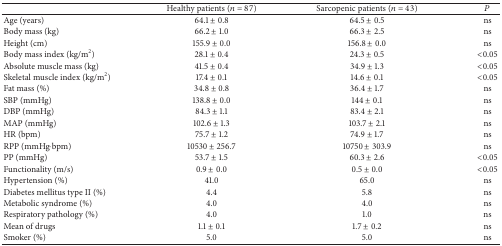
<table><thead><tr><td><b> </b></td><td><b>Healthy patients (<i>n</i> = 87)</b></td><td><b>Sarcopenic patients (<i>n</i> = 43)</b></td><td><b><i>P</i></b></td></tr></thead><tbody><tr><td>Age (years)</td><td>64.1 ± 0.8</td><td>64.5 ± 0.5</td><td>ns</td></tr><tr><td>Body mass (kg)</td><td>66.2 ± 1.0</td><td>66.3 ± 2.5</td><td>ns</td></tr><tr><td>Height (cm)</td><td>155.9 ± 0.0</td><td>156.8 ± 0.0</td><td>ns</td></tr><tr><td>Body mass index (kg/m<sup>2</sup>)</td><td>28.1 ± 0.4</td><td>24.3 ± 0.5</td><td>&lt;0.05</td></tr><tr><td>Absolute muscle mass (kg)</td><td>41.5 ± 0.4</td><td>34.9 ± 1.3</td><td>&lt;0.05</td></tr><tr><td>Skeletal muscle index (kg/m<sup>2</sup>)</td><td>17.4 ± 0.1</td><td>14.6 ± 0.1</td><td>&lt;0.05</td></tr><tr><td>Fat mass (%)</td><td>34.8 ± 0.8</td><td>36.4 ± 1.7</td><td>ns</td></tr><tr><td>SBP (mmHg)</td><td>138.8 ± 0.0</td><td>144 ± 0.1</td><td>ns</td></tr><tr><td>DBP (mmHg)</td><td>84.3 ± 1.1</td><td>83.4 ± 2.1</td><td>ns</td></tr><tr><td>MAP (mmHg)</td><td>102.6 ± 1.3</td><td>103.7 ± 2.1</td><td>ns</td></tr><tr><td>HR (bpm)</td><td>75.7 ± 1.2</td><td>74.9 ± 1.7</td><td>ns</td></tr><tr><td>RPP (mmHg·bpm)</td><td>10530 ± 256.7</td><td>10750 ± 303.9</td><td>ns</td></tr><tr><td>PP (mmHg)</td><td>53.7 ± 1.5</td><td>60.3 ± 2.6</td><td>&lt;0.05</td></tr><tr><td>Functionality (m/s)</td><td>0.9 ± 0.0</td><td>0.5 ± 0.0</td><td>&lt;0.05</td></tr><tr><td>Hypertension (%)</td><td>41.0</td><td>65.0</td><td>ns</td></tr><tr><td>Diabetes mellitus type II (%)</td><td>4.4</td><td>5.8</td><td>ns</td></tr><tr><td>Metabolic syndrome (%)</td><td>4.0</td><td>4.0</td><td>ns</td></tr><tr><td>Respiratory pathology (%)</td><td>4.0</td><td>1.0</td><td>ns</td></tr><tr><td>Mean of drugs</td><td>1.1 ± 0.1</td><td>1.7 ± 0.2</td><td>ns</td></tr><tr><td>Smoker (%)</td><td>5.0</td><td>5.0</td><td>ns</td></tr></tbody></table>